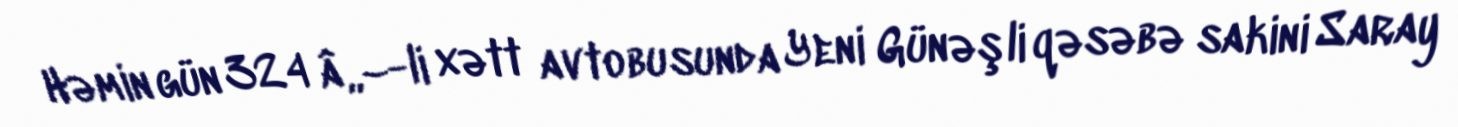
Həmin gün 324 â„–-li xətt avtobusunda Yeni Günəşli qəsəbə sakini Saray